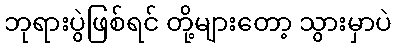
ဘုရားပွဲဖြစ်ရင် တို့များတော့ သွားမှာပဲ